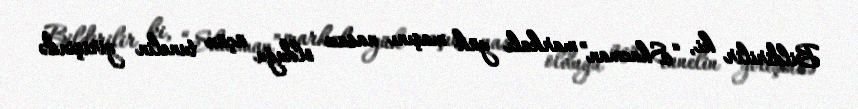
Bildirilir ki, “Shacman” markalı yük maşını nasaz olduğu üçün tunelin girişində